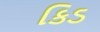
કિડ